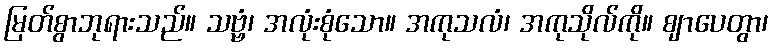
မြတ်စွာဘုရားသည်။ သဗ္ဗံ၊ အလုံးစုံသော။ အကုသလံ၊ အကုသိုလ်ကို။ ဈာပေတွာ၊